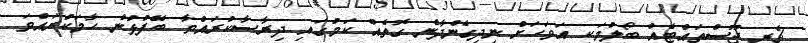
ޗެރީ ޖޫސްތައްޓެއް ބޯލުމަކީ އަވަހަށް ނިދިގެންދާނެ ގޮތެއް ކަމުގައި ދިރާސާކުރައްވާ ބޭފުޅުން ހާމަކުރައްވަ